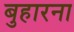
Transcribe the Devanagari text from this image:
बुहारना